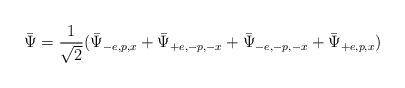
LaTeX: \begin{align*}\bar{\Psi}=\frac{1}{\sqrt{2}}(\bar{\Psi}_{-e,p,x}+\bar{\Psi}_{+e,-p,-x}+\bar{\Psi}_{-e,-p,-x}+\bar{\Psi}_{+e,p,x}) \end{align*}